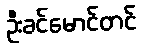
ဦးခင်မောင်တင်